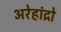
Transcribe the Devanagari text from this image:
अरेहांद्रो